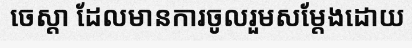
ចេស្តា ដែលមានការចូលរួមសម្តែងដោយ